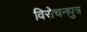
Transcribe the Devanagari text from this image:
विरोचनपुत्र